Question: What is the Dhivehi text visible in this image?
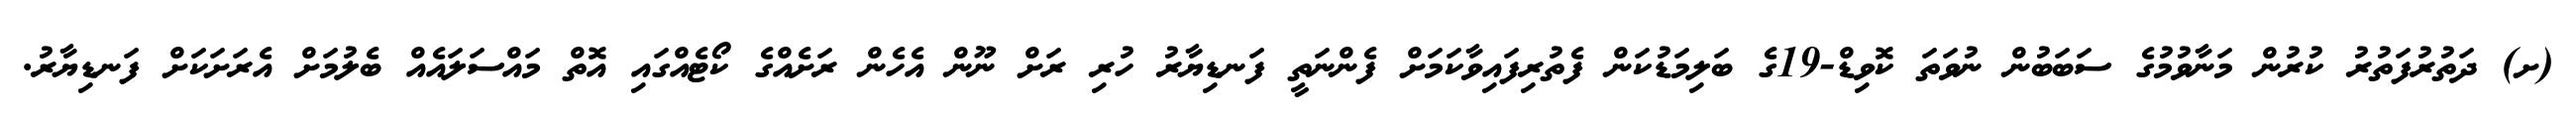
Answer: (ށ) ދަތުރުފަތުރު ކުރުން މަނާވުމުގެ ސަބަބުން ނުވަތަ ކޮވިޑް-19ގެ ބަލިމަޑުކަން ފެތުރިފައިވާކަމަށް ފެންނަތީ ފަނޑިޔާރު ހުރި ރަށް ނޫން އެހެން ރަށެއްގެ ކޯޓެއްގައި އޮތް މައްސަލައެއް ބެލުމަށް އެރަށަކަށް ފަނޑިޔާރު.